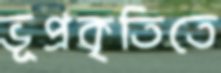
ভূপ্রকৃতিতে